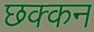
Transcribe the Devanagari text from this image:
छक्कन